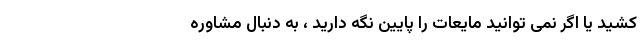
کشید یا اگر نمی توانید مایعات را پایین نگه دارید ، به دنبال مشاوره